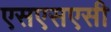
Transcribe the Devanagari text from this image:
एसएसएसी